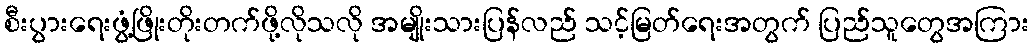
စီးပွားရေးဖွံ့ဖြိုးတိုးတက်ဖို့လိုသလို အမျိုးသားပြန်လည် သင့်မြတ်ရေးအတွက် ပြည်သူတွေအကြား